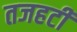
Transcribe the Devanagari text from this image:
तजहटी